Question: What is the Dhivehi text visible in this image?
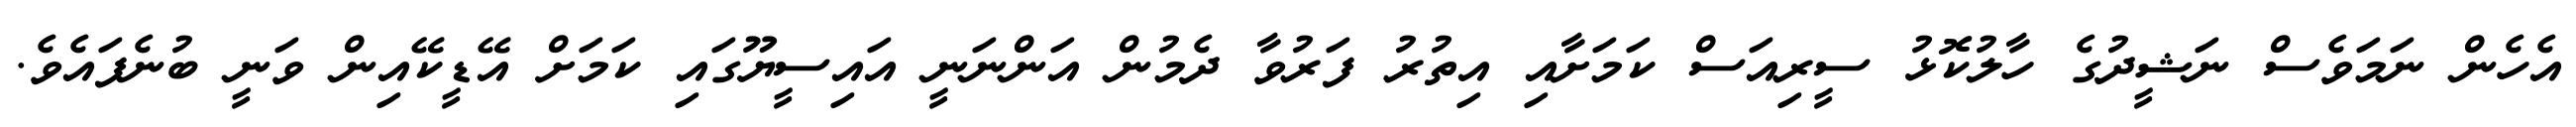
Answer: އެހެން ނަމަވެސް ނަޝީދުގެ ހާލުކޮޅު ސީރިއަސް ކަމަށާއި އިތުރު ފަރުވާ ދެމުން އަންނަނީ އައިސީޔޫގައި ކަމަށް އޭޑީކޭއިން ވަނީ ބުނެފައެވެ.